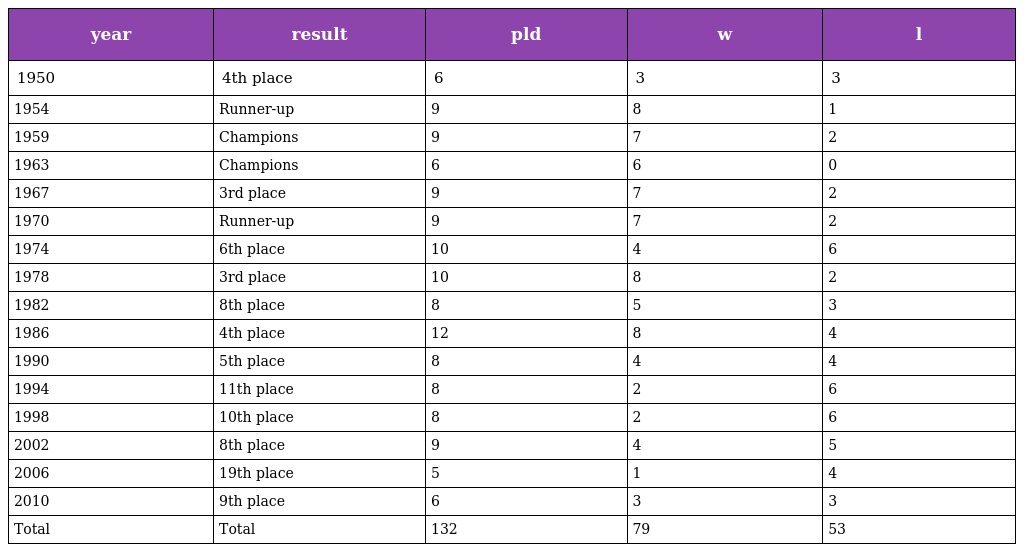
| year | result | pld | w | l |
 | --- | --- | --- | --- | --- |
 | 1950 | 4th place | 6 | 3 | 3 |
 | 1954 | Runner-up | 9 | 8 | 1 |
 | 1959 | Champions | 9 | 7 | 2 |
 | 1963 | Champions | 6 | 6 | 0 |
 | 1967 | 3rd place | 9 | 7 | 2 |
 | 1970 | Runner-up | 9 | 7 | 2 |
 | 1974 | 6th place | 10 | 4 | 6 |
 | 1978 | 3rd place | 10 | 8 | 2 |
 | 1982 | 8th place | 8 | 5 | 3 |
 | 1986 | 4th place | 12 | 8 | 4 |
 | 1990 | 5th place | 8 | 4 | 4 |
 | 1994 | 11th place | 8 | 2 | 6 |
 | 1998 | 10th place | 8 | 2 | 6 |
 | 2002 | 8th place | 9 | 4 | 5 |
 | 2006 | 19th place | 5 | 1 | 4 |
 | 2010 | 9th place | 6 | 3 | 3 |
 | Total | Total | 132 | 79 | 53 |